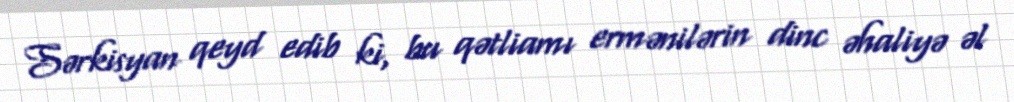
Sərkisyan qeyd edib ki, bu qətliamı ermənilərin dinc əhaliyə əl